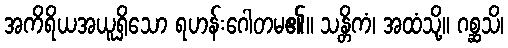
အကိရိယအယူရှိသော ရဟန်းဂေါတမ၏။ သန္တိကံ၊ အထံသို့။ ဂစ္ဆသိ၊